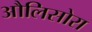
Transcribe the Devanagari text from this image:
औलिसोरा